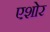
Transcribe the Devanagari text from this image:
एशोर